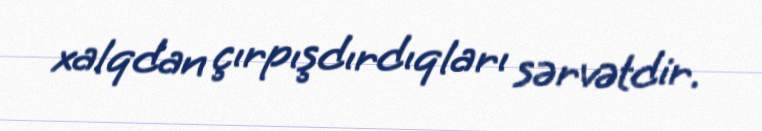
xalqdan çırpışdırdıqları sərvətdir.